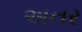
અનર